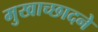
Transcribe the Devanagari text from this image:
मुखाच्छादने